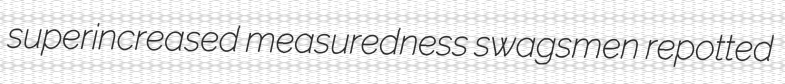
superincreased measuredness swagsmen repotted